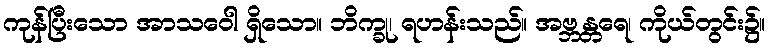
ကုန်ပြီးသော အာသဝေါ ရှိသော။ ဘိက္ခု၊ ရဟန်းသည်။ အဗ္ဘန္တရေ၊ ကိုယ်တွင်း၌။